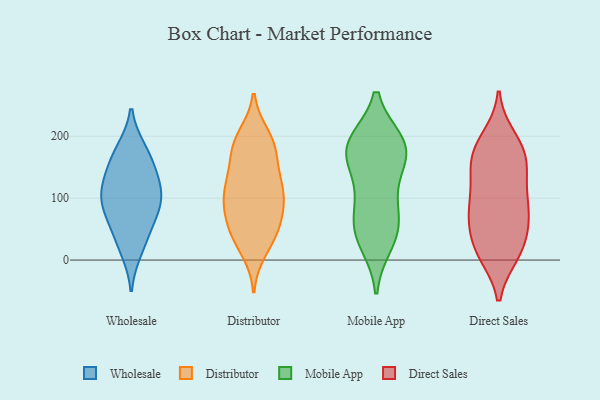
{"axis": {"x": "Gross Profit (USD K)", "y": "Value"}, "legend": ["Direct Sales", "Distributor", "Mobile App", "Wholesale"], "data": [{"x": "", "y": 137, "type": "Wholesale"}, {"x": "", "y": 16, "type": "Wholesale"}, {"x": "", "y": 101, "type": "Wholesale"}, {"x": "", "y": 34, "type": "Wholesale"}, {"x": "", "y": 118, "type": "Wholesale"}, {"x": "", "y": 66, "type": "Wholesale"}, {"x": "", "y": 178, "type": "Wholesale"}, {"x": "", "y": 174, "type": "Wholesale"}, {"x": "", "y": 73, "type": "Wholesale"}, {"x": "", "y": 92, "type": "Wholesale"}, {"x": "", "y": 147, "type": "Wholesale"}, {"x": "", "y": 104, "type": "Wholesale"}, {"x": "", "y": 141, "type": "Distributor"}, {"x": "", "y": 134, "type": "Distributor"}, {"x": "", "y": 39, "type": "Distributor"}, {"x": "", "y": 38, "type": "Distributor"}, {"x": "", "y": 181, "type": "Distributor"}, {"x": "", "y": 80, "type": "Distributor"}, {"x": "", "y": 119, "type": "Distributor"}, {"x": "", "y": 58, "type": "Distributor"}, {"x": "", "y": 80, "type": "Distributor"}, {"x": "", "y": 16, "type": "Distributor"}, {"x": "", "y": 42, "type": "Distributor"}, {"x": "", "y": 186, "type": "Distributor"}, {"x": "", "y": 87, "type": "Distributor"}, {"x": "", "y": 111, "type": "Distributor"}, {"x": "", "y": 191, "type": "Distributor"}, {"x": "", "y": 200, "type": "Distributor"}, {"x": "", "y": 117, "type": "Distributor"}, {"x": "", "y": 178, "type": "Distributor"}, {"x": "", "y": 100, "type": "Distributor"}, {"x": "", "y": 46, "type": "Mobile App"}, {"x": "", "y": 97, "type": "Mobile App"}, {"x": "", "y": 56, "type": "Mobile App"}, {"x": "", "y": 183, "type": "Mobile App"}, {"x": "", "y": 180, "type": "Mobile App"}, {"x": "", "y": 188, "type": "Mobile App"}, {"x": "", "y": 167, "type": "Mobile App"}, {"x": "", "y": 28, "type": "Mobile App"}, {"x": "", "y": 117, "type": "Mobile App"}, {"x": "", "y": 54, "type": "Mobile App"}, {"x": "", "y": 173, "type": "Mobile App"}, {"x": "", "y": 189, "type": "Mobile App"}, {"x": "", "y": 136, "type": "Direct Sales"}, {"x": "", "y": 96, "type": "Direct Sales"}, {"x": "", "y": 141, "type": "Direct Sales"}, {"x": "", "y": 179, "type": "Direct Sales"}, {"x": "", "y": 197, "type": "Direct Sales"}, {"x": "", "y": 59, "type": "Direct Sales"}, {"x": "", "y": 14, "type": "Direct Sales"}, {"x": "", "y": 84, "type": "Direct Sales"}, {"x": "", "y": 89, "type": "Direct Sales"}, {"x": "", "y": 141, "type": "Direct Sales"}, {"x": "", "y": 168, "type": "Direct Sales"}, {"x": "", "y": 41, "type": "Direct Sales"}, {"x": "", "y": 76, "type": "Direct Sales"}, {"x": "", "y": 16, "type": "Direct Sales"}, {"x": "", "y": 72, "type": "Direct Sales"}, {"x": "", "y": 13, "type": "Direct Sales"}, {"x": "", "y": 167, "type": "Direct Sales"}, {"x": "", "y": 10, "type": "Direct Sales"}, {"x": "", "y": 185, "type": "Direct Sales"}]}